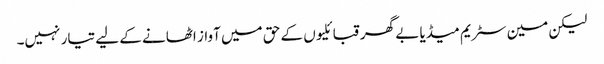
لیکن مین سٹریم میڈیا بے گھر قبائلیوں کے حق میں آواز اٹھانے کے لیے تیار نہیں۔